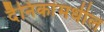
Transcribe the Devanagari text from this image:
दैनिकांमधील